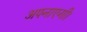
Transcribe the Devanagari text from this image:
अपनाएगी।